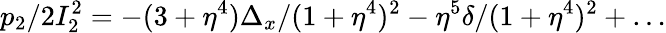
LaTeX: p_{2}/2I_{2}^{2}=-(3+\eta^{4})\Delta_{x}/(1+\eta^{4})^{2}-\eta^{5}\delta/(1+\eta^{4})^{2}+\dots